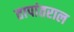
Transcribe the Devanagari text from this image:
तापांतराल